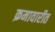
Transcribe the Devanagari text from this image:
क्रमावारीत